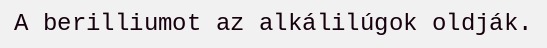
A berilliumot az alkálilúgok oldják.